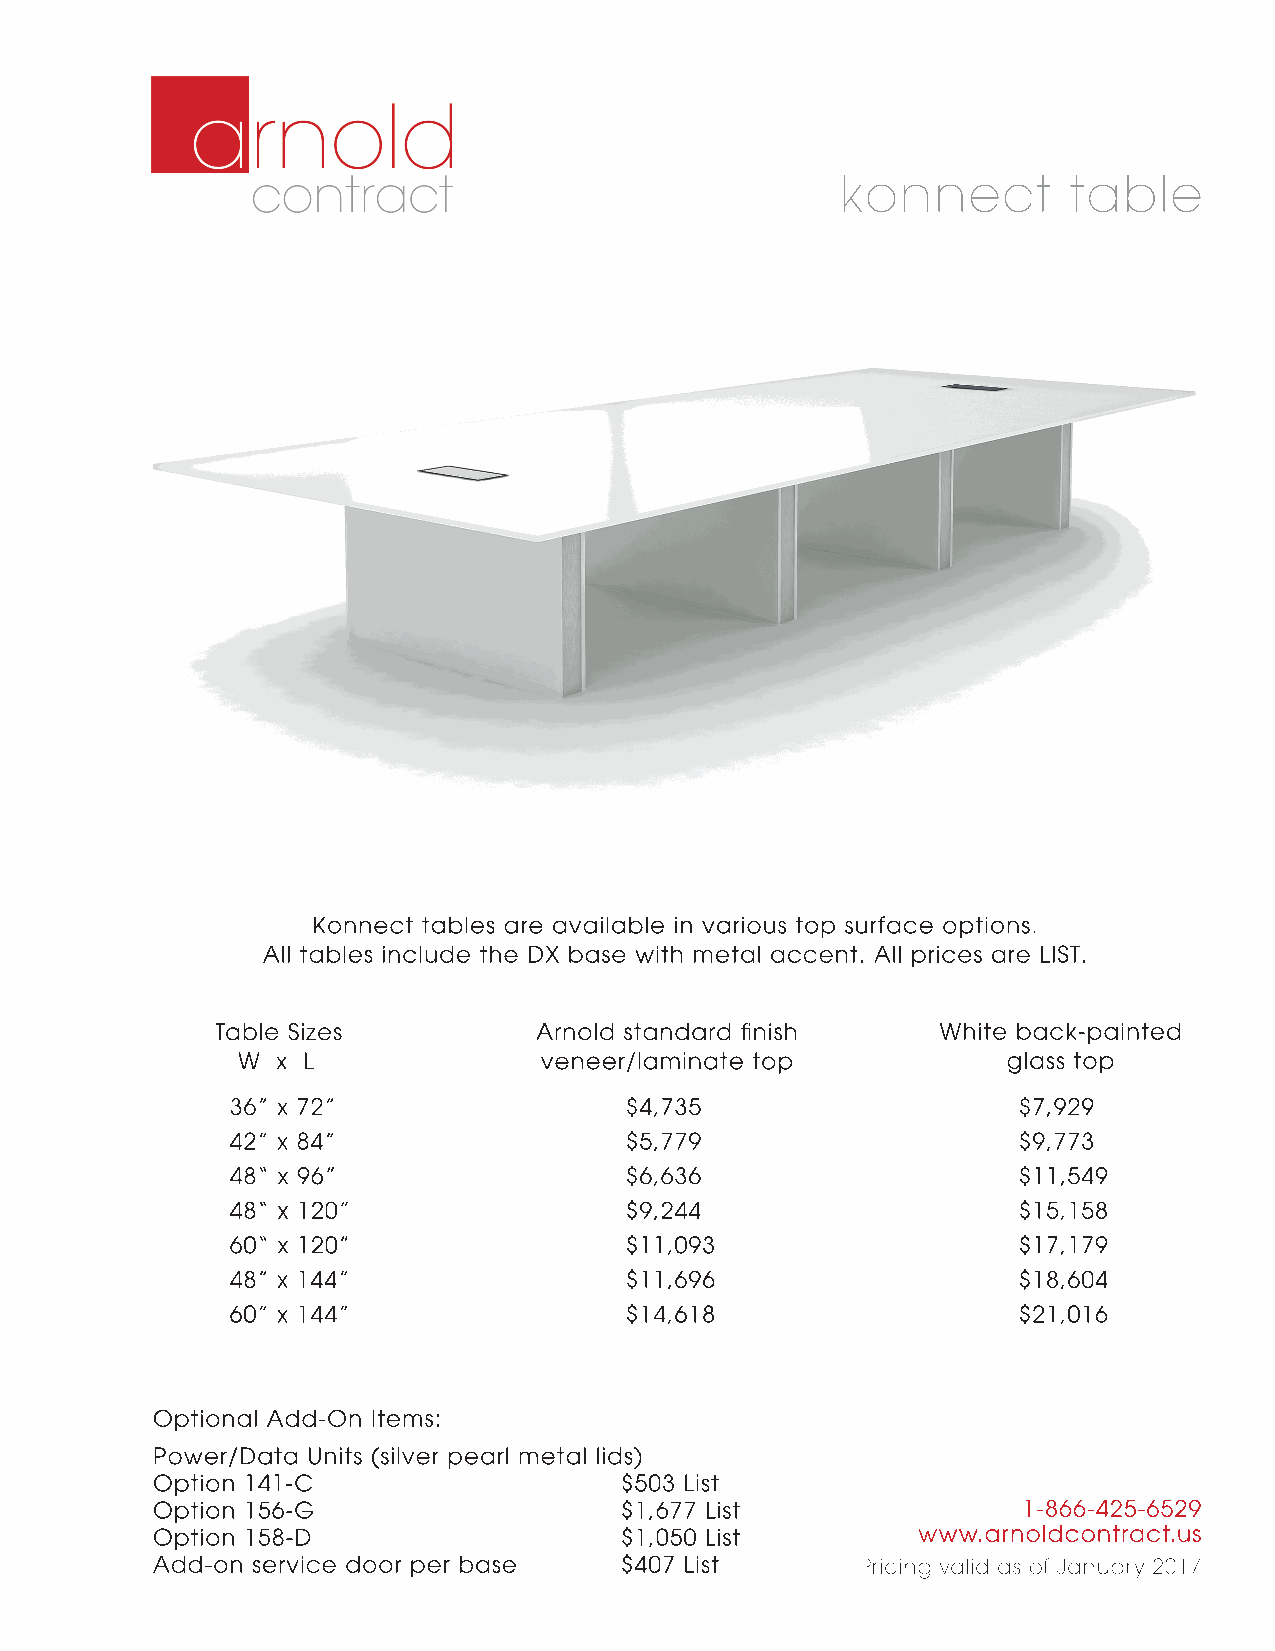
konnect        table
 Konnect tables are available in various top surface options.
 All tables include the DX base with metal accent. All prices are LIST.
 Table Sizes          Arnold standard finish     White back-painted
 W x L               veneer/laminate top            glass top
 36” x 72”                 $4,735                    $7,929
 42” x 84”                 $5,779                    $9,773
 48“ x 96”                 $6,636                    $11,549
 48“ x 120”                $9,244                    $15,158
 60“ x 120”                $11,093                   $17,179
 48” x 144”                $11,696                   $18,604
 6600”” xx 114444””        $14,618                   $21,016
 Optional Add-On Items:
 Power/Data Units (silver pearl metal lids)
 Option 141-C                   $503 List
 Option 156-G                   $1,677 List                1-866-425-6529
 Option 158-D                   $1,050 List         www.arnoldcontract.us
 Add-on service door per base   $407 List       Pricing valid as of January 2017